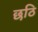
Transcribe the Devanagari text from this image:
छठि